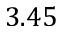
3 . 4 5